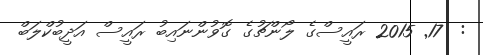
:  17